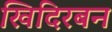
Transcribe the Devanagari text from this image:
खिदिरबन